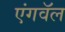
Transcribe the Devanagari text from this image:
एंगवॅल